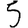
Digit: 5